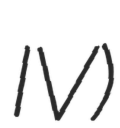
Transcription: IV)